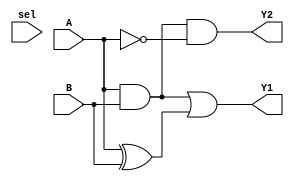
module combinational_logic_block (
    input wire [3:0] A,      // 4-bit input A
    input wire [3:0] B,      // 4-bit input B
    input wire sel,          // Control signal for multiplexing
    output wire [3:0] Y1,    // Output Y1
    output wire [3:0] Y2     // Output Y2
);

// Common logic sharing
wire [3:0] common_logic;
assign common_logic = A & B; // Shared logic: AND operation

// Output logic using common logic
assign Y1 = common_logic | (A ^ B); // Output Y1: common_logic OR XOR of A and B
assign Y2 = common_logic & (~A);     // Output Y2: common_logic AND NOT A

// Multiplexing based on control signal
wire [3:0] mux_out;
assign mux_out = sel ? Y2 : Y1; // Select between Y1 and Y2 based on sel

endmodule